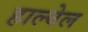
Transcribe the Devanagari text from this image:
हाल्वेल